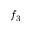
f _ { 3 }